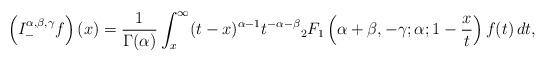
LaTeX: \begin{align*}\left(I_{-}^{\alpha,\beta,\gamma}f\right)(x)=\frac{1}{\Gamma(\alpha)}\int_x^{\infty}(t-x)^{\alpha-1}t^{-\alpha-\beta}{}_{2}F_1\left(\alpha+\beta,-\gamma;\alpha;1-\frac{x}{t}\right)f(t)\,dt,\end{align*}